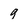
Character: 9